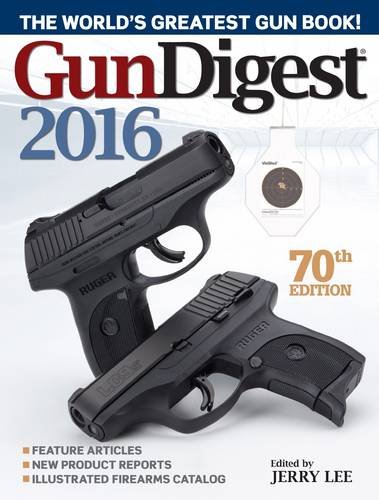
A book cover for Gun Digest 2016; Engineering & Transportation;